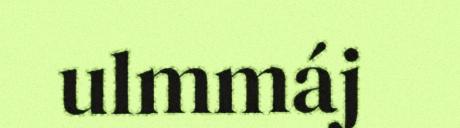
ulmmáj